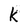
Character: k